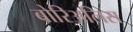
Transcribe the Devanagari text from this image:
बोरिअलिस